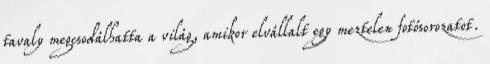
tavaly megcsodálhatta a világ, amikor elvállalt egy meztelen fotósorozatot.